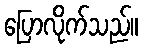
ပြောလိုက်သည်။